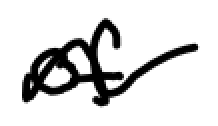
Text: of
Cross-out: wave
Writing tool: digital_black